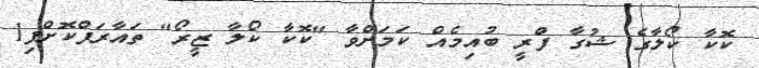
ކޮކާ ކޯލާގެ ޝުގާ ފްރީ ބުއިމެއް ކަމަށްވާ "ކޮކާ ކޯލާ ޒީރޯ" ތައާރަފްކޮށްފި1